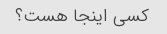
کسی اینجا هست؟